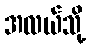
အလယ်သို့